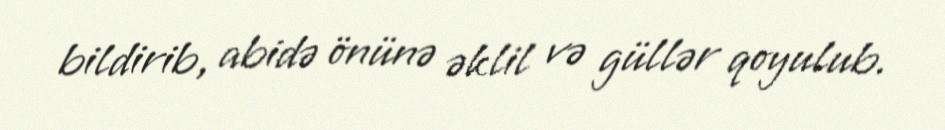
bildirib, abidə önünə əklil və güllər qoyulub.